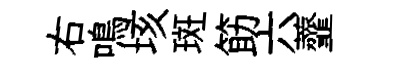
右鳴垓斑筯六虀